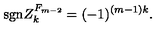
\mathrm { s g n } { Z } _ { k } ^ { F _ { m - 2 } } = ( - 1 ) ^ { ( m - 1 ) k } .